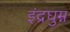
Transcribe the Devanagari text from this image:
इंद्रघुम्न